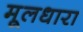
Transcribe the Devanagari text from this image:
मूलधारा